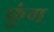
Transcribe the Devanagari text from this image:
फुंग